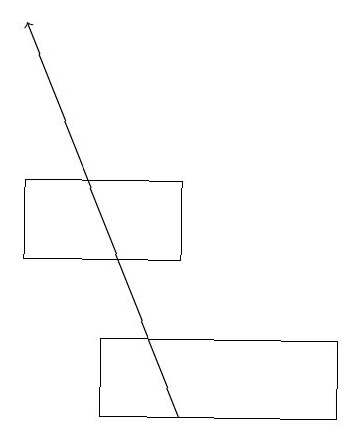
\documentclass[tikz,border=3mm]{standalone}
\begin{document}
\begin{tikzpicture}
\draw (5,15) rectangle (7,16);
\draw[->] (7,13) -- (5,18);
\draw (6,14) rectangle (9,13);
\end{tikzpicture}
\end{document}